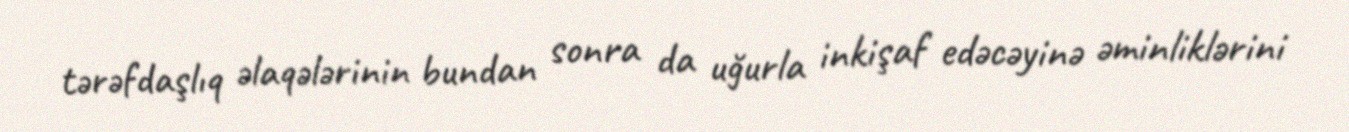
tərəfdaşlıq əlaqələrinin bundan sonra da uğurla inkişaf edəcəyinə əminliklərini